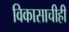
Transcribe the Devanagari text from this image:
विकासाचीही